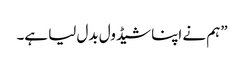
”ہم نے اپنا شیڈول بدل لیا ہے۔